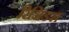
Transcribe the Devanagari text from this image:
रिजिडस